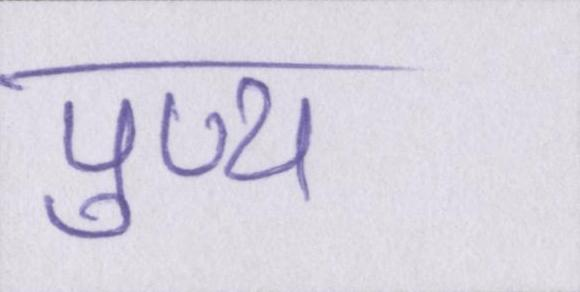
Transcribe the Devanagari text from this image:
पुण्य